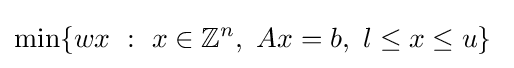
\min\{wx\ :\ x\in \mathbb {Z} ^{n},\ Ax=b,\ l\leq x\leq u\}\